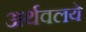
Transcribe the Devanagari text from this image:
अर्थवलये